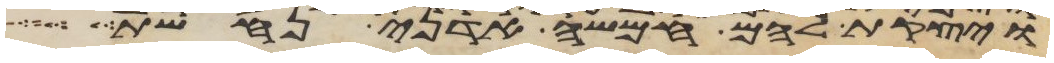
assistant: ויצקת להם חמשה אדני נחשת